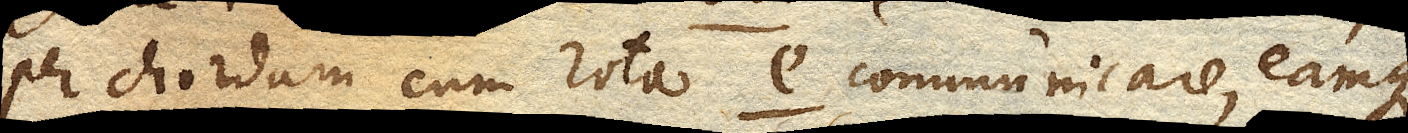
per chordam cum rota e. communicare, eamque